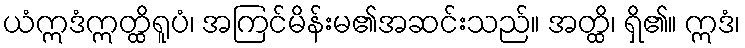
ယံဣဒံဣတ္ထိရူပံ၊ အကြင်မိန်းမ၏အဆင်းသည်။ အတ္ထိ၊ ရှိ၏။ ဣဒံ၊